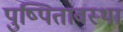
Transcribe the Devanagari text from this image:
पुष्पितावस्था